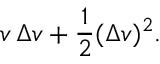
v \, \Delta v + { \frac { 1 } { 2 } } ( \Delta v ) ^ { 2 } .